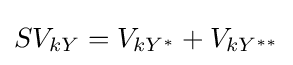
SV_{kY}=V_{kY^{*}}+V_{kY^{**}}